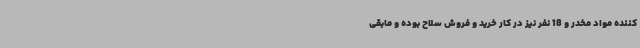
کننده مواد مخدر و 18 نفر نیز در کار خرید و فروش سلاح بوده و مابقی